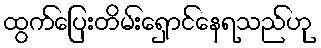
ထွက်ပြေးတိမ်းရှောင်နေရသည်ဟု